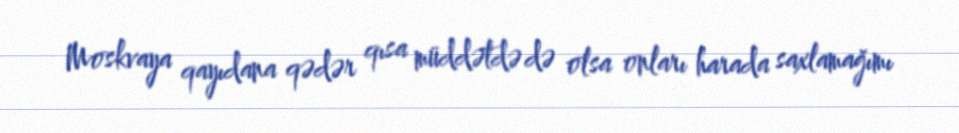
Moskvaya qayıdana qədər qısa müddətdə də olsa onları harada saxlamağımı